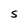
Character: S